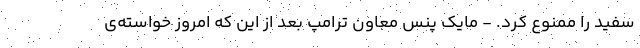
سفید را ممنوع کرد. - مایک پنس معاون ترامپ بعد از این که امروز خواسته‌ی